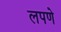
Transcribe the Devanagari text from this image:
लपणे